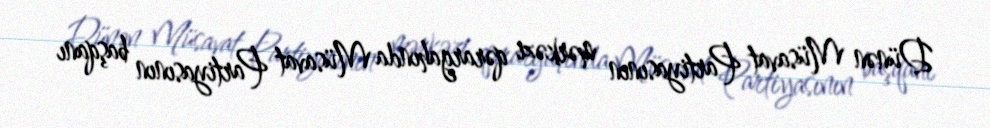
Dünən Müsavat Partiyasının mərkəzi qərargahında Müsavat Partiyasının başqanı